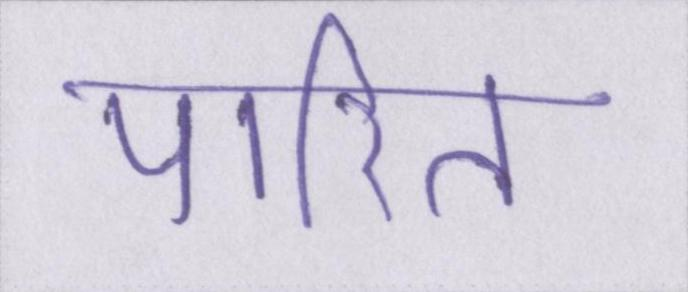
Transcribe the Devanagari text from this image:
पारित